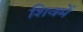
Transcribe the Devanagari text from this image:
शिवमें